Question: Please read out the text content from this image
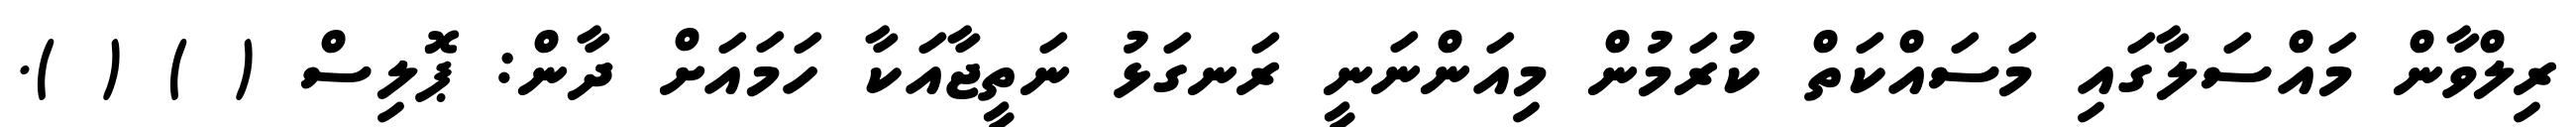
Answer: ރިލްވާން މައްސަލާގައި މަސައްކަތް ކުރަމުން މިއަންނަނީ ރަނގަޅު ނަތީޖާއަކާ ހަމައަށް ދާން: ޕޮލިސް ( ) ( ).